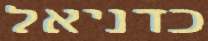
כדניאל